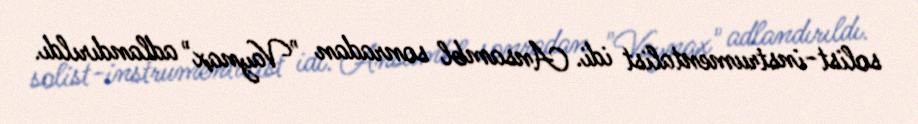
solist-instrumentalist idi. Ansambl sonradan "Vaynax" adlandırıldı.